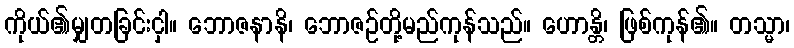
ကိုယ်၏မျှတခြင်းငှါ။ ဘောဇနာနိ၊ ဘောဇဉ်တို့မည်ကုန်သည်။ ဟောန္တိ၊ ဖြစ်ကုန်၏။ တသ္မာ၊